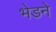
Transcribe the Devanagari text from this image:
भेडने